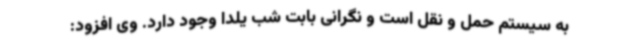
به سیستم حمل و نقل است و نگرانی بابت شب یلدا وجود دارد. وی افزود: